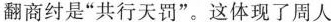
翻商纣是”共行天罚”。这体现了周人